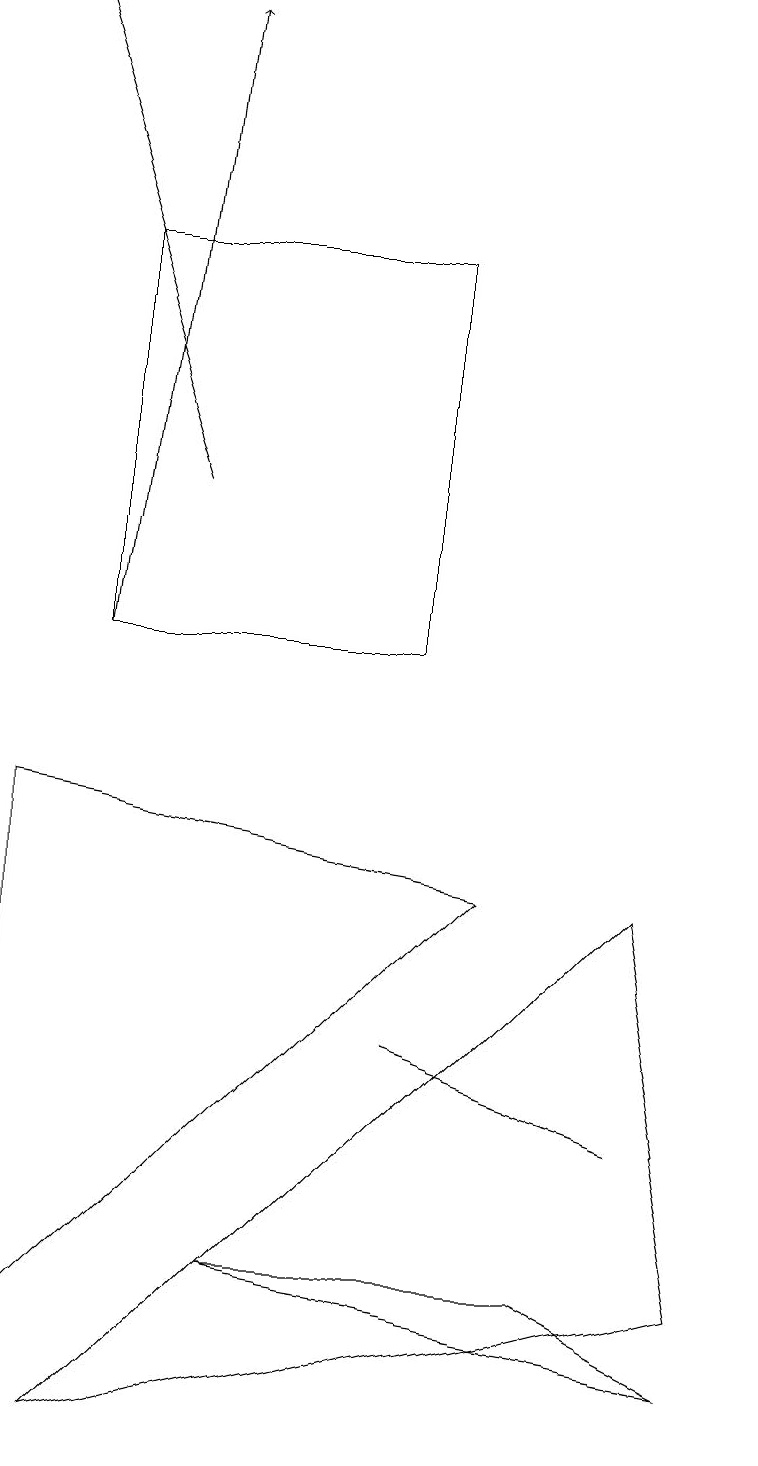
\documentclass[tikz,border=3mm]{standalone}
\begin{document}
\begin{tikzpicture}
\draw (6,7) -- (0,1) -- (0,8) -- cycle;
\draw (8,7) -- (1,0) -- (9,2) -- cycle;
\draw[->] (1,10) -- (2,18);
\draw (5,5) -- (8,4) -- (8,4) -- cycle;
\draw (9,1) -- (7,2) -- (3,2) -- cycle;
\draw[->] (2,12) -- (0,18);
\draw (5,15) rectangle (1,10);
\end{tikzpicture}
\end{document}